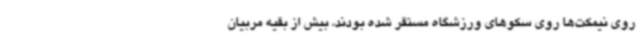
روی نیمکت‌ها روی سکوهای ورزشگاه مستقر شده بودند، بیش از بقیه مربیان